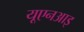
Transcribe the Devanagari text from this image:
यूएनआइ